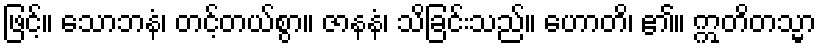
ဖြင့်။ သောဘနံ၊ တင့်တယ်စွာ။ ဇာနနံ၊ သိခြင်းသည်။ ဟောတိ၊ ၏။ ဣတိတသ္မာ